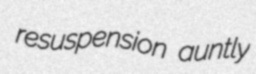
resuspension auntly